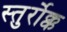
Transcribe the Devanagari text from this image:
स्तुर्रोक्क